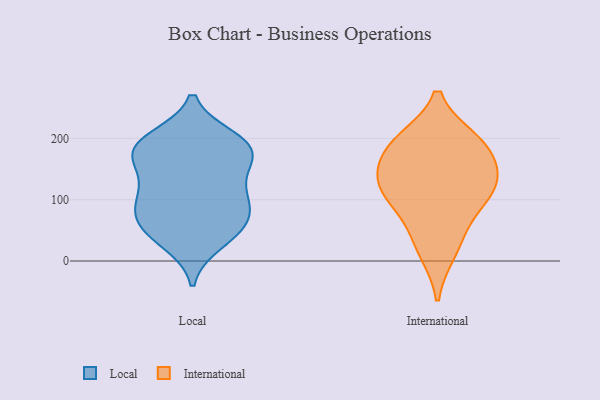
{"axis": {"x": "Net Income (USD K)", "y": "Value"}, "legend": ["International", "Local"], "data": [{"x": "", "y": 187, "type": "Local"}, {"x": "", "y": 31, "type": "Local"}, {"x": "", "y": 176, "type": "Local"}, {"x": "", "y": 95, "type": "Local"}, {"x": "", "y": 157, "type": "Local"}, {"x": "", "y": 199, "type": "Local"}, {"x": "", "y": 124, "type": "Local"}, {"x": "", "y": 190, "type": "Local"}, {"x": "", "y": 168, "type": "Local"}, {"x": "", "y": 48, "type": "Local"}, {"x": "", "y": 90, "type": "Local"}, {"x": "", "y": 52, "type": "Local"}, {"x": "", "y": 189, "type": "Local"}, {"x": "", "y": 58, "type": "Local"}, {"x": "", "y": 111, "type": "Local"}, {"x": "", "y": 83, "type": "Local"}, {"x": "", "y": 196, "type": "International"}, {"x": "", "y": 190, "type": "International"}, {"x": "", "y": 105, "type": "International"}, {"x": "", "y": 16, "type": "International"}, {"x": "", "y": 50, "type": "International"}, {"x": "", "y": 115, "type": "International"}, {"x": "", "y": 134, "type": "International"}, {"x": "", "y": 189, "type": "International"}, {"x": "", "y": 114, "type": "International"}, {"x": "", "y": 155, "type": "International"}]}